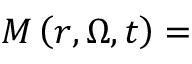
M \left( r , \Omega , t \right) =